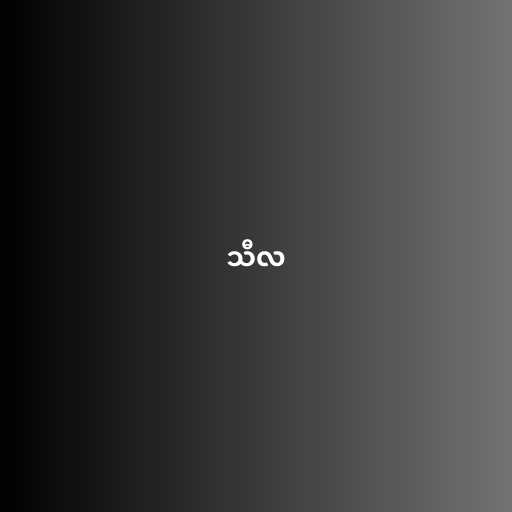
သီလ